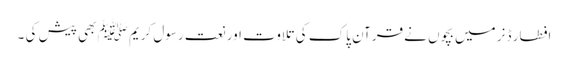
افطار ڈنر میں بچوں نے قرآن پاک کی تلاوت اور نعت رسول کریم ﷺ بھی پیش کی ۔